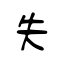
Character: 失